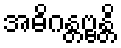
အဓိဂန္တဗ္ဗန္တိ